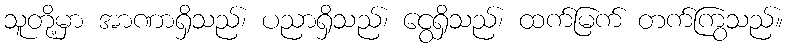
သူတို့မှာ အာဏာရှိသည်၊ ပညာရှိသည်၊ ငွေရှိသည်၊ ထက်မြက် တက်ကြွသည်။